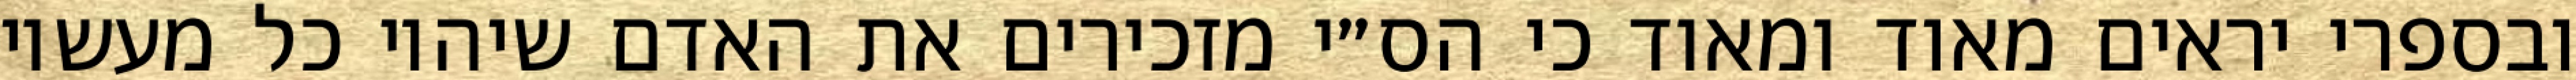
ובספרי יראים מאוד ומאוד כי הס״י מזכירים את האדם שיהיו כל מעשיו